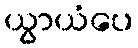
ယွာယံပေ